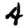
Digit: 4